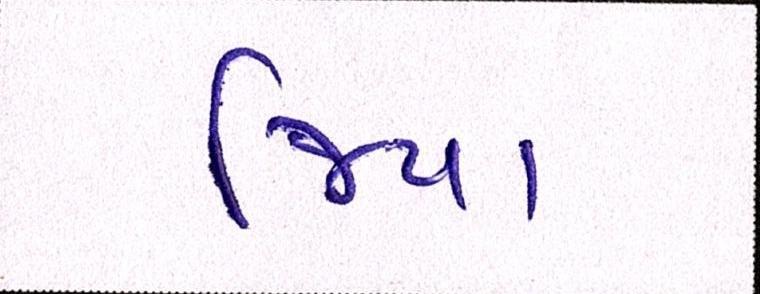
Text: જિયા